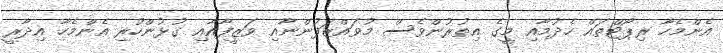
އެންމެހާ ރިޕޯޓްތައް ހެދުމާއި މީގެ އިތުރުންވެސް މުވައްޒަފުންނާއި ވަޒީފާއާއި ގުޅުންހުރި އެންމެހާ އިދާރީ